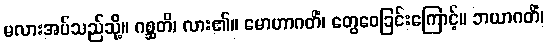
မလားအပ်သည်သို့။ ဂစ္ဆတိ၊ လား၏။ မောဟာဂတိံ၊ တွေဝေခြင်းကြောင့်။ ဘယာဂတိံ၊